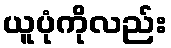
ယူပုံကိုလည်း